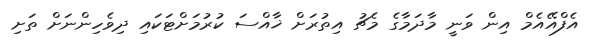
އެފްއޭއެމް އިން ވަނީ މާދަމާގެ މެޗު އިތުރަށް ޚާއްސަ ކުރުމަށްޓަކައި ދިވެހިންނަށް ތަށި